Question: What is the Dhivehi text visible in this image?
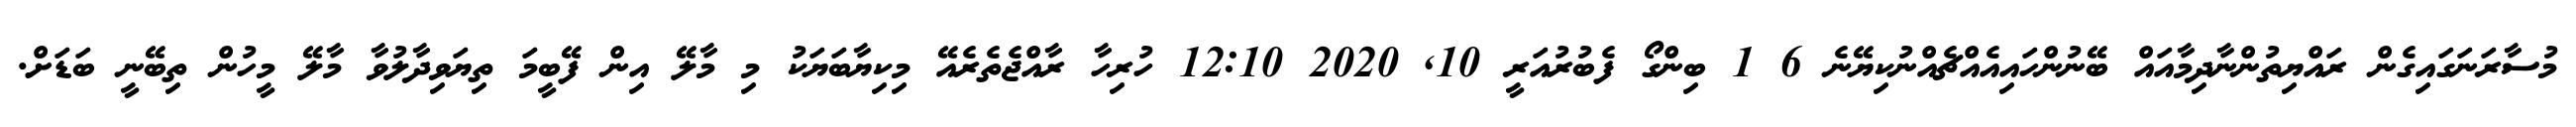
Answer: މުސާރަނަގައިގެން ރައްޔިތުންނާދިމާއައް ބޭނުންހައިއެއްޗެއްނުކިޔޭނެ 6 1 ބިންގޯ ފެބުރުއަރީ 10, 2020 12:10 ހުރިހާ ރާއްޖެތެރެއޭ މިކިޔާބަޔަކު މި މާލޭ އިން ފޭބީމަ ތިޔަވިދާލުވާ މާލޭ މީހުން ތިބޭނީ ބަޑަށް.